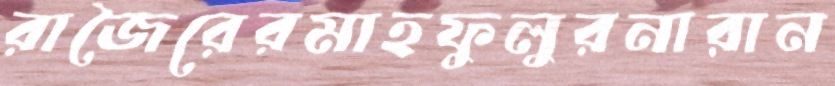
রাজৈরেরমাহফুলুরনারান